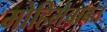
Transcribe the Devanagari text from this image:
मोहिमेबाबत